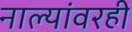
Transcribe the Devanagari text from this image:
नाल्यांवरही